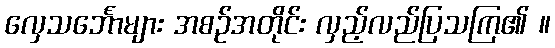
လှေသင်္ဘောများ အစဉ်အတိုင်း လှည့်လည်ပြသကြ၏ ။